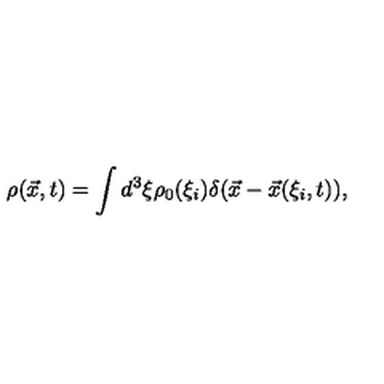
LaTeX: \rho ( \vec { x } , t ) = \int d ^ { 3 } \xi \rho _ { 0 } ( \xi _ { i } ) \delta ( \vec { x } - \vec { x } ( \xi _ { i } , t ) ) ,